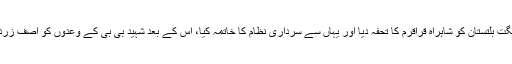
ان کا کہنا تھا کہ سابق وزیراعظم ذوالفقار بھٹو نے گلگت بلتستان کو شاہراہ قراقرم کا تحفہ دیا اور یہاں سے سرداری نظام کا خاتمہ کیا، اس کے بعد شہید بی بی کے وعدوں کو آصف زرداری نے پورا کیا اور یہاں کی عوام کو حقوق دلوائے۔